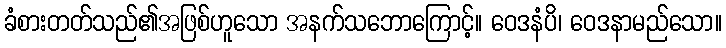
ခံစားတတ်သည်၏အဖြစ်ဟူသော အနက်သဘောကြောင့်။ ဝေဒနံပိ၊ ဝေဒနာမည်သော။